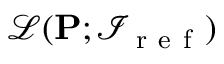
\mathscr { L } ( \mathbf { P } ; \mathcal { I } _ { \mathrm { ~ r ~ e ~ f ~ } } )